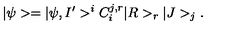
| \psi > = | \psi , I ^ { \prime } > ^ { i } C _ { i } ^ { j , r } | R > _ { r } | J > _ { j } .